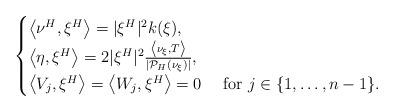
LaTeX: \begin{align*}\begin{cases}\left\langle \nu^H,\xi^H\right\rangle= |\xi^H|^2 k(\xi), \\\left\langle \eta,\xi^H\right\rangle= 2|\xi^H|^2 \frac{\left\langle \nu_\xi, T\right\rangle}{|\mathcal{P}_H(\nu_\xi)|},\\\left\langle V_j,\xi^H\right\rangle = \left\langle W_j,\xi^H\right\rangle=0\quad\mbox{ for }j\in\{1,\ldots,n-1\}.\end{cases}\end{align*}